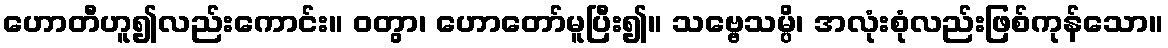
ဟောတီဟူ၍လည်းကောင်း။ ဝတွာ၊ ဟောတော်မူပြီး၍။ သဗ္ဗေသမ္ပိ၊ အလုံးစုံလည်းဖြစ်ကုန်သော။